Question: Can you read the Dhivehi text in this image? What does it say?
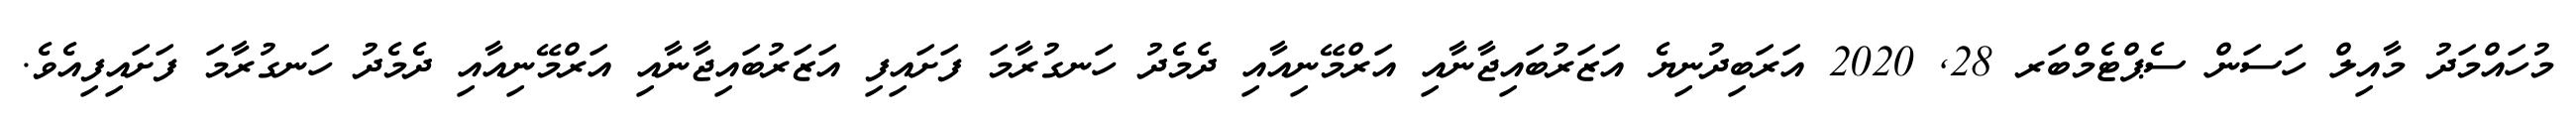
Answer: މުހައްމަދު މާއިލް ހަސަން ސެޕްޓެމްބަރ 28, 2020 އަރަބިދުނިޔެ އަޒަރުބައިޖާނާއި އަރްމޭނިއާއި ދެމެދު ހަނގުރާމަ ފަށައިފި އަޒަރުބައިޖާނާއި އަރްމޭނިއާއި ދެމެދު ހަނގުރާމަ ފަށައިފިއެވެ.